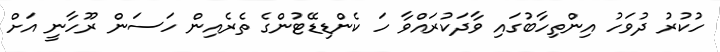
ހުކުރު ދުވަހު އިންތިހާބުގައި ވާދަކުރައްވާ ހަ ކެންޑިޑޭޓުންގެ ތެރެއިން ހަސަން ރޫހާނީ އަށް